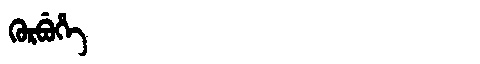
Manchu: ᡴᡠᡵᠪᡠᡥᡝ
Romanization: KURBUHE